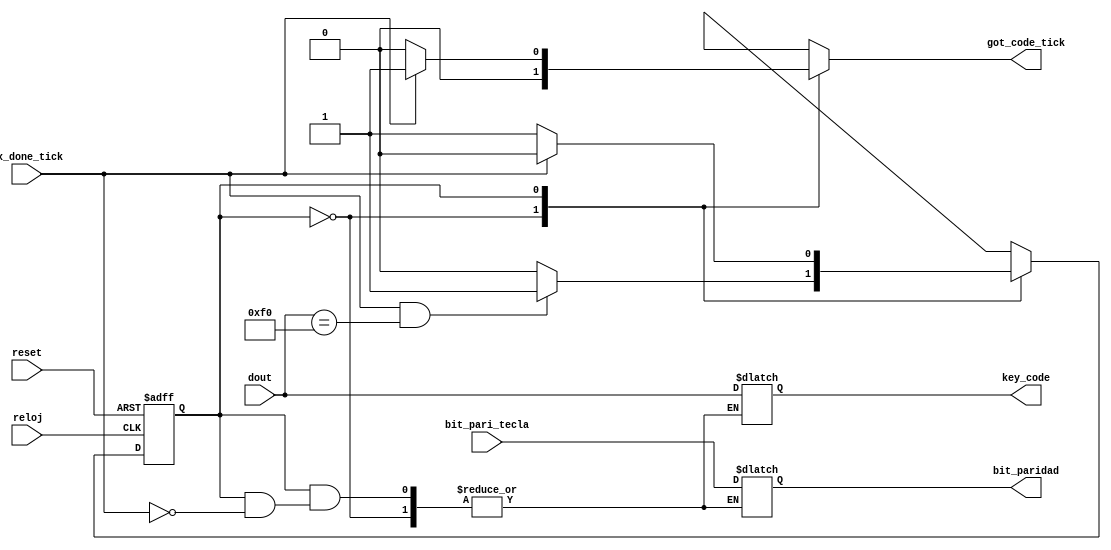
//Listing 9.3
module kb_code
 
   (
    input wire reloj, reset,rx_done_tick,
    input wire [7:0] dout, 
    input wire bit_pari_tecla,
    output wire got_code_tick,
    output wire [7:0] key_code,
    output wire bit_paridad
   );

    
   // constant declaration
   localparam BRK = 8'hf0; // break code

   // symbolic state declaration
   localparam
      wait_brk = 1'b0,
      get_code = 1'b1;

   // signal declaration
   reg state_reg, state_next;
   reg [7:0] key_code_reg;
   reg got_code_tick_reg;
   reg bit_paridad_reg;
 
    assign key_code = key_code_reg;
    assign got_code_tick = got_code_tick_reg;
    assign bit_paridad = bit_paridad_reg;
    
    

   always @(posedge reloj, posedge reset)
      if (reset)
         state_reg <= wait_brk;
      else
         state_reg <= state_next;

   // next-state logic\\\\\\\\\\\\\\\\\\\\\\\\\\\\\\\\cambiar por *
   always @(*)
   begin
      got_code_tick_reg = 1'b0;
      state_next = state_reg;
      case (state_reg)
         wait_brk:  // wait for F0 of break code
            if (rx_done_tick==1'b1 && dout==BRK)
               state_next = get_code;
         get_code:  // get the following scan code
            if (rx_done_tick)
               begin
                  got_code_tick_reg =1'b1;
                  state_next = wait_brk;
                  key_code_reg = dout;
                  bit_paridad_reg = bit_pari_tecla;
                  
               end
      endcase
   end

endmodule